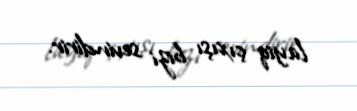
layiq çıxışı bizi sevindirir.